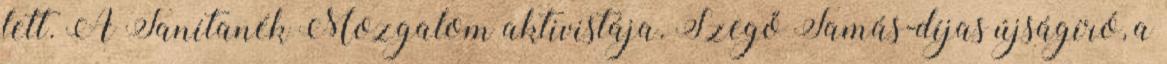
lett. A Tanítanék Mozgalom aktivistája. Szegő Tamás-díjas újságíró, a